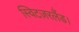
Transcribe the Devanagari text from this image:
स्विटज़रलैंड।